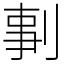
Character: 剚